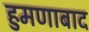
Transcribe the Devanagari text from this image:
हुमणाबाद